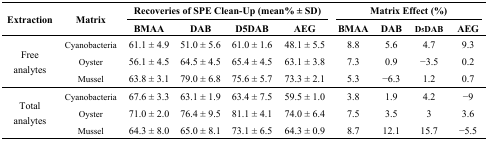
| <ROWSPAN=2> Extraction | <ROWSPAN=2> Matrix | <COLSPAN=4> Recoveries of SPE Clean-Up (mean% ± SD) | <COLSPAN=4> Matrix Effect (%) |
 | BMAA | DAB | D5DAB | AEG | BMAA | DAB | D5DAB | AEG |
 | --- | --- | --- | --- | --- | --- | --- | --- | --- | --- |
 | <ROWSPAN=3> Free analytes | Cyanobacteria | 61.1 ± 4.9 | 51.0 ± 5.6 | 61.0 ± 1.6 | 48.1 ± 5.5 | 8.8 | 5.6 | 4.7 | 9.3 |
 | Oyster | 56.1 ± 4.5 | 64.5 ± 4.5 | 65.4 ± 4.5 | 63.1 ± 3.8 | 7.3 | 0.9 | −3.5 | 0.2 |
 | Mussel | 63.8 ± 3.1 | 79.0 ± 6.8 | 75.6 ± 5.7 | 73.3 ± 2.1 | 5.3 | −6.3 | 1.2 | 0.7 |
 | <ROWSPAN=3> Total analytes | Cyanobacteria | 67.6 ± 3.3 | 63.1 ± 1.9 | 63.4 ± 7.5 | 59.5 ± 1.0 | 3.8 | 1.9 | 4.2 | −9 |
 | Oyster | 71.0 ± 2.0 | 76.4 ± 9.5 | 81.1 ± 4.1 | 74.0 ± 6.4 | 7.5 | 3.5 | 3 | 3.6 |
 | Mussel | 64.3 ± 8.0 | 65.0 ± 8.1 | 73.1 ± 6.5 | 64.3 ± 0.9 | 8.7 | 12.1 | 15.7 | −5.5 |